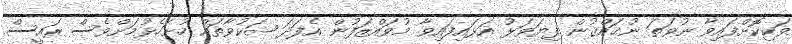
ވަކިކޮށްފައިވާ ނުވަތަ ނުޙައްޤުން ފިޔަވަޅު އަޅައިފައިވާ މުވައްޒަފުން އެފަދަ ޝަކުވާތައް ހުށަހެޅުމަށްވެސް ރައީސް